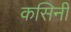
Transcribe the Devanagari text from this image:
कसिनी